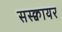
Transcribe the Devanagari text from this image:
सस्क्वायर